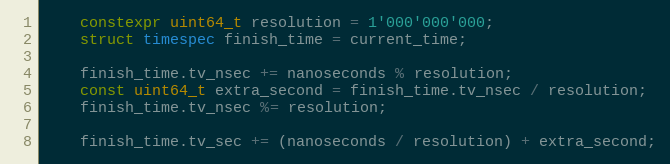
Language: C++
    constexpr uint64_t resolution = 1'000'000'000;
    struct timespec finish_time = current_time;

    finish_time.tv_nsec += nanoseconds % resolution;
    const uint64_t extra_second = finish_time.tv_nsec / resolution;
    finish_time.tv_nsec %= resolution;

    finish_time.tv_sec += (nanoseconds / resolution) + extra_second;